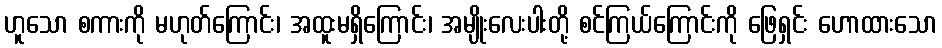
ဟူသော စကားကို မဟုတ်ကြောင်း၊ အထူးမရှိကြောင်း၊ အမျိုးလေးပါးတို့ စင်ကြယ်ကြောင်းကို ဖြေရှင်း ဟောထားသော